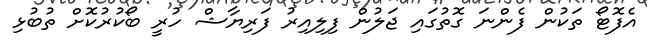
އެފޮޓޯ ތަކުން ފެންނަ ގޮތުގައި ޖަލުން ފިލިއިރު ފަރިޔާޝް ހުރީ ބޯކުރުކޮށް ތުބުޅި